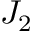
J _ { 2 }